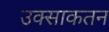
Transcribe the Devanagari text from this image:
उक्साकतन